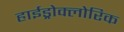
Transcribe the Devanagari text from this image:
हाईड्रोक्लोरिक